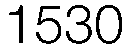
1530